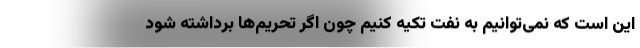
این است که نمی‌توانیم به نفت تکیه کنیم چون اگر تحریم‌ها برداشته شود